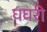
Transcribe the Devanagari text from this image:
घघरी